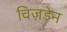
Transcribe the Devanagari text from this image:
विज़डेन